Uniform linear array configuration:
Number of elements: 64
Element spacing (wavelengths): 0.5
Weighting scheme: exponential
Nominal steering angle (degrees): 0
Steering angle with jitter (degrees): -1.287
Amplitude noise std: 0.05
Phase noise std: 0.05

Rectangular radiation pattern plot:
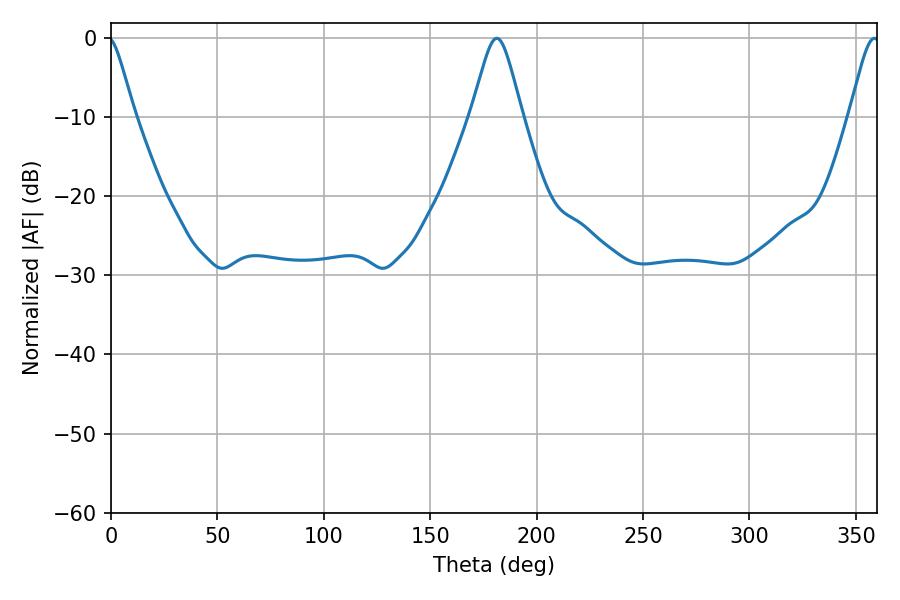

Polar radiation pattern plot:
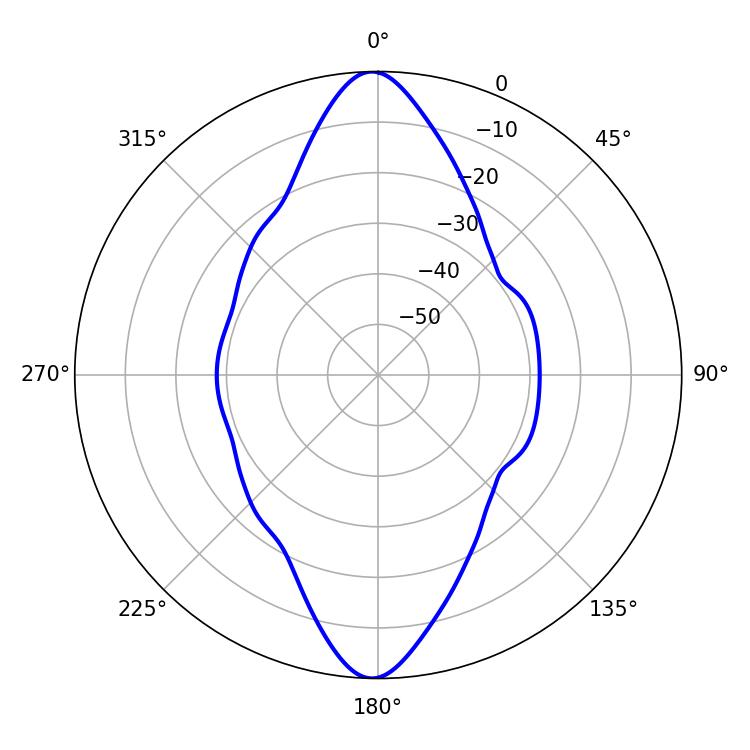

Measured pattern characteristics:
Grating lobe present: FALSE
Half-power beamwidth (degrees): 11.52
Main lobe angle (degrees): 181.26